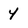
Character: 4